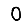
Digit: 0